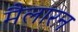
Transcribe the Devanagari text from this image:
मैलारन